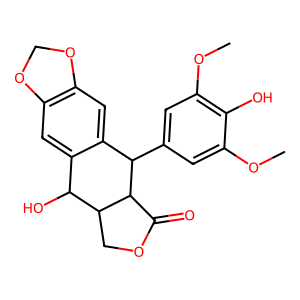
SMILES: COc1cc(C2c3cc4c(cc3C(O)C3COC(=O)C23)OCO4)cc(OC)c1O
Inhibits HIV replication: No